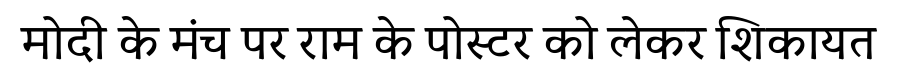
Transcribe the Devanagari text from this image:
मोदी के मंच पर राम के पोस्टर को लेकर शिकायत